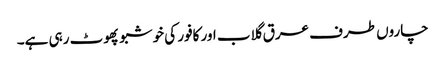
چاروں طرف عرق گلاب اور کافور کی خوشبو پھوٹ رہی ہے۔